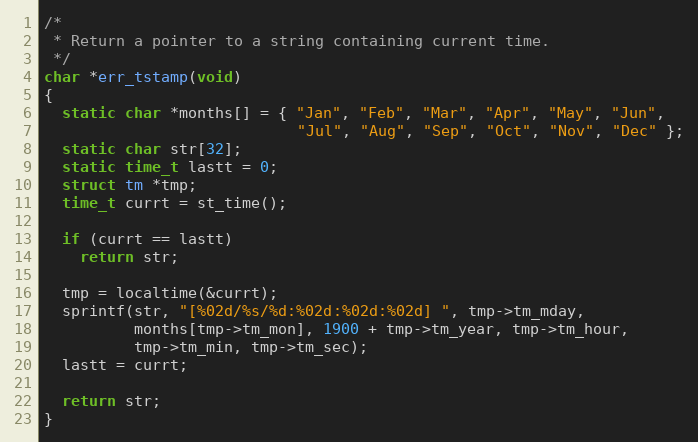
Language: C
/*
 * Return a pointer to a string containing current time.
 */
char *err_tstamp(void)
{
  static char *months[] = { "Jan", "Feb", "Mar", "Apr", "May", "Jun",
                            "Jul", "Aug", "Sep", "Oct", "Nov", "Dec" };
  static char str[32];
  static time_t lastt = 0;
  struct tm *tmp;
  time_t currt = st_time();

  if (currt == lastt)
    return str;

  tmp = localtime(&currt);
  sprintf(str, "[%02d/%s/%d:%02d:%02d:%02d] ", tmp->tm_mday,
          months[tmp->tm_mon], 1900 + tmp->tm_year, tmp->tm_hour,
          tmp->tm_min, tmp->tm_sec);
  lastt = currt;

  return str;
}